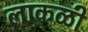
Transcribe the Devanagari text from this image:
लाकळी